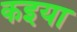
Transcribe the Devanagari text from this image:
कइया